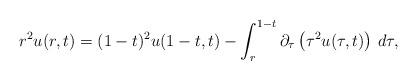
LaTeX: \begin{align*}r^2u(r,t)=(1-t)^2u(1-t,t)-\int_r^{1-t}\partial_{\tau}\left(\tau^2u(\tau,t)\right)\,d\tau,\end{align*}